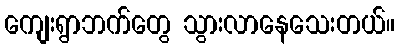
ကျေးရွာဘက်တွေ သွားလာနေသေးတယ်။